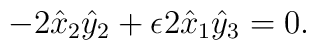
-2\hat{x}_{2}\hat{y}_{2} + \epsilon 2  \hat{x}_{1} \hat{y}_{3}= 0.